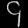
Digit: ၄